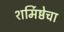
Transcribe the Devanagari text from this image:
शर्मिष्ठेचा